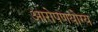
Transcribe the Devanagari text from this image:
आरोपणयोग्य